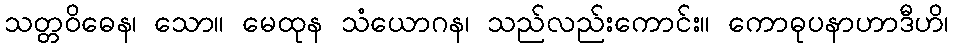
သတ္တဝိဓေန၊ သော။ မေထုန သံယောဂန၊ သည်လည်းကောင်း။ ကောဓုပနာဟာဒီဟိ၊